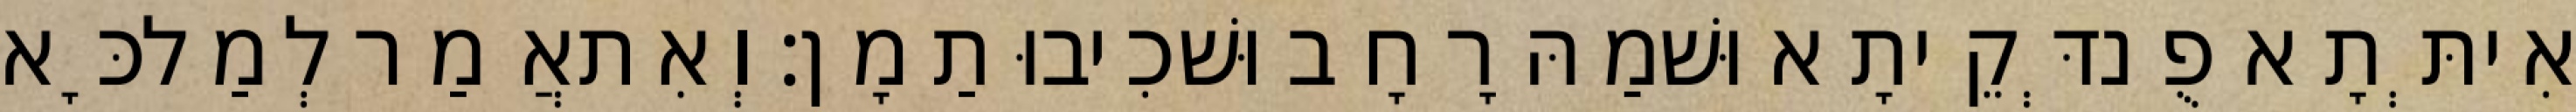
אִיתְּתָא פֻנדְּקֵיתָא וּשׁמַהּ רָחָב וּשׁכִיבוּ תַמָן׃ וְאִתאֲמַר לְמַלכָּא